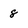
Character: 8